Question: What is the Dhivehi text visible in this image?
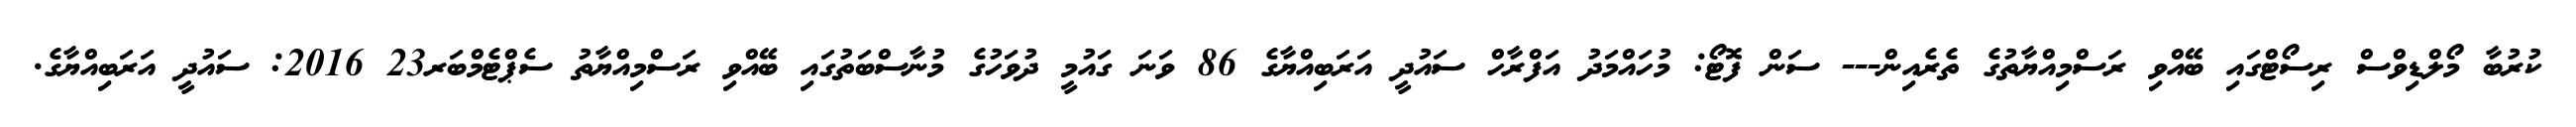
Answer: ކުރުބާ މޯލްޑިވްސް ރިސޯޓްގައި ބޭއްވި ރަސްމިއްޔާތުގެ ތެރެއިން--- ސަން ފޮޓޯ: މުހައްމަދު އަފްރާހް ސައުދީ އަރަބިއްޔާގެ 86 ވަނަ ގައުމީ ދުވަހުގެ މުނާސްބަތުގައި ބޭއްވި ރަސްމިއްޔާތު ސެޕްޓެމްބަރ23 2016: ސައުދީ އަރަބިއްޔާގެ.